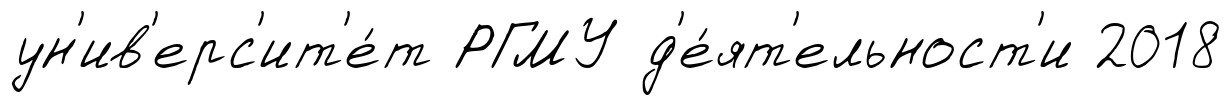
ун'ив'ерс'ит'е́т РГМУ д'е́ят'ельност'и 2018